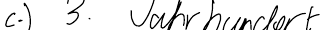
c.) 3. Jahrhundert